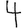
Digit: 4